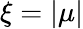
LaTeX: \xi=|\mu|